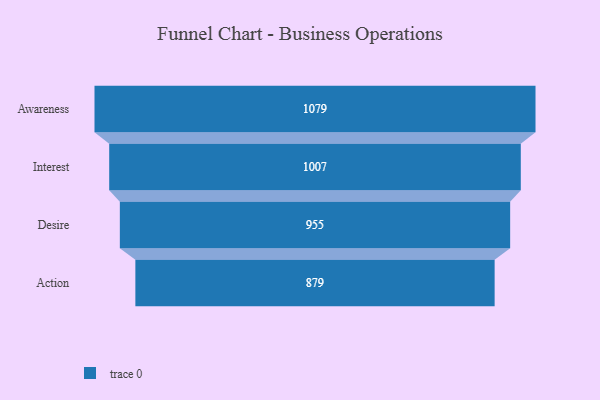
{"axis": {"x": "Stage", "y": "Value"}, "legend": [""], "data": [{"x": "Awareness", "y": 1079.0, "type": ""}, {"x": "Interest", "y": 1007.0, "type": ""}, {"x": "Desire", "y": 955.0, "type": ""}, {"x": "Action", "y": 879.0, "type": ""}]}